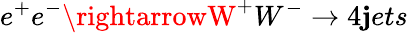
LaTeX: e^{+}e^{-}\rightarrowW^{+}W^{-}\rightarrow4\mathbf{j}ets